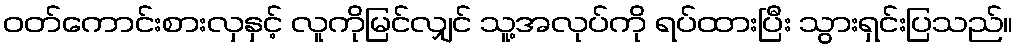
ဝတ်ကောင်းစားလှနှင့် လူကိုမြင်လျှင် သူ့အလုပ်ကို ရပ်ထားပြီး သွားရှင်းပြသည်။